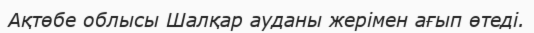
Ақтөбе облысы Шалқар ауданы жерімен ағып өтеді.